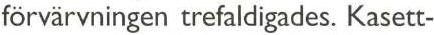
förvärvningen trefaldigades. Kasett-